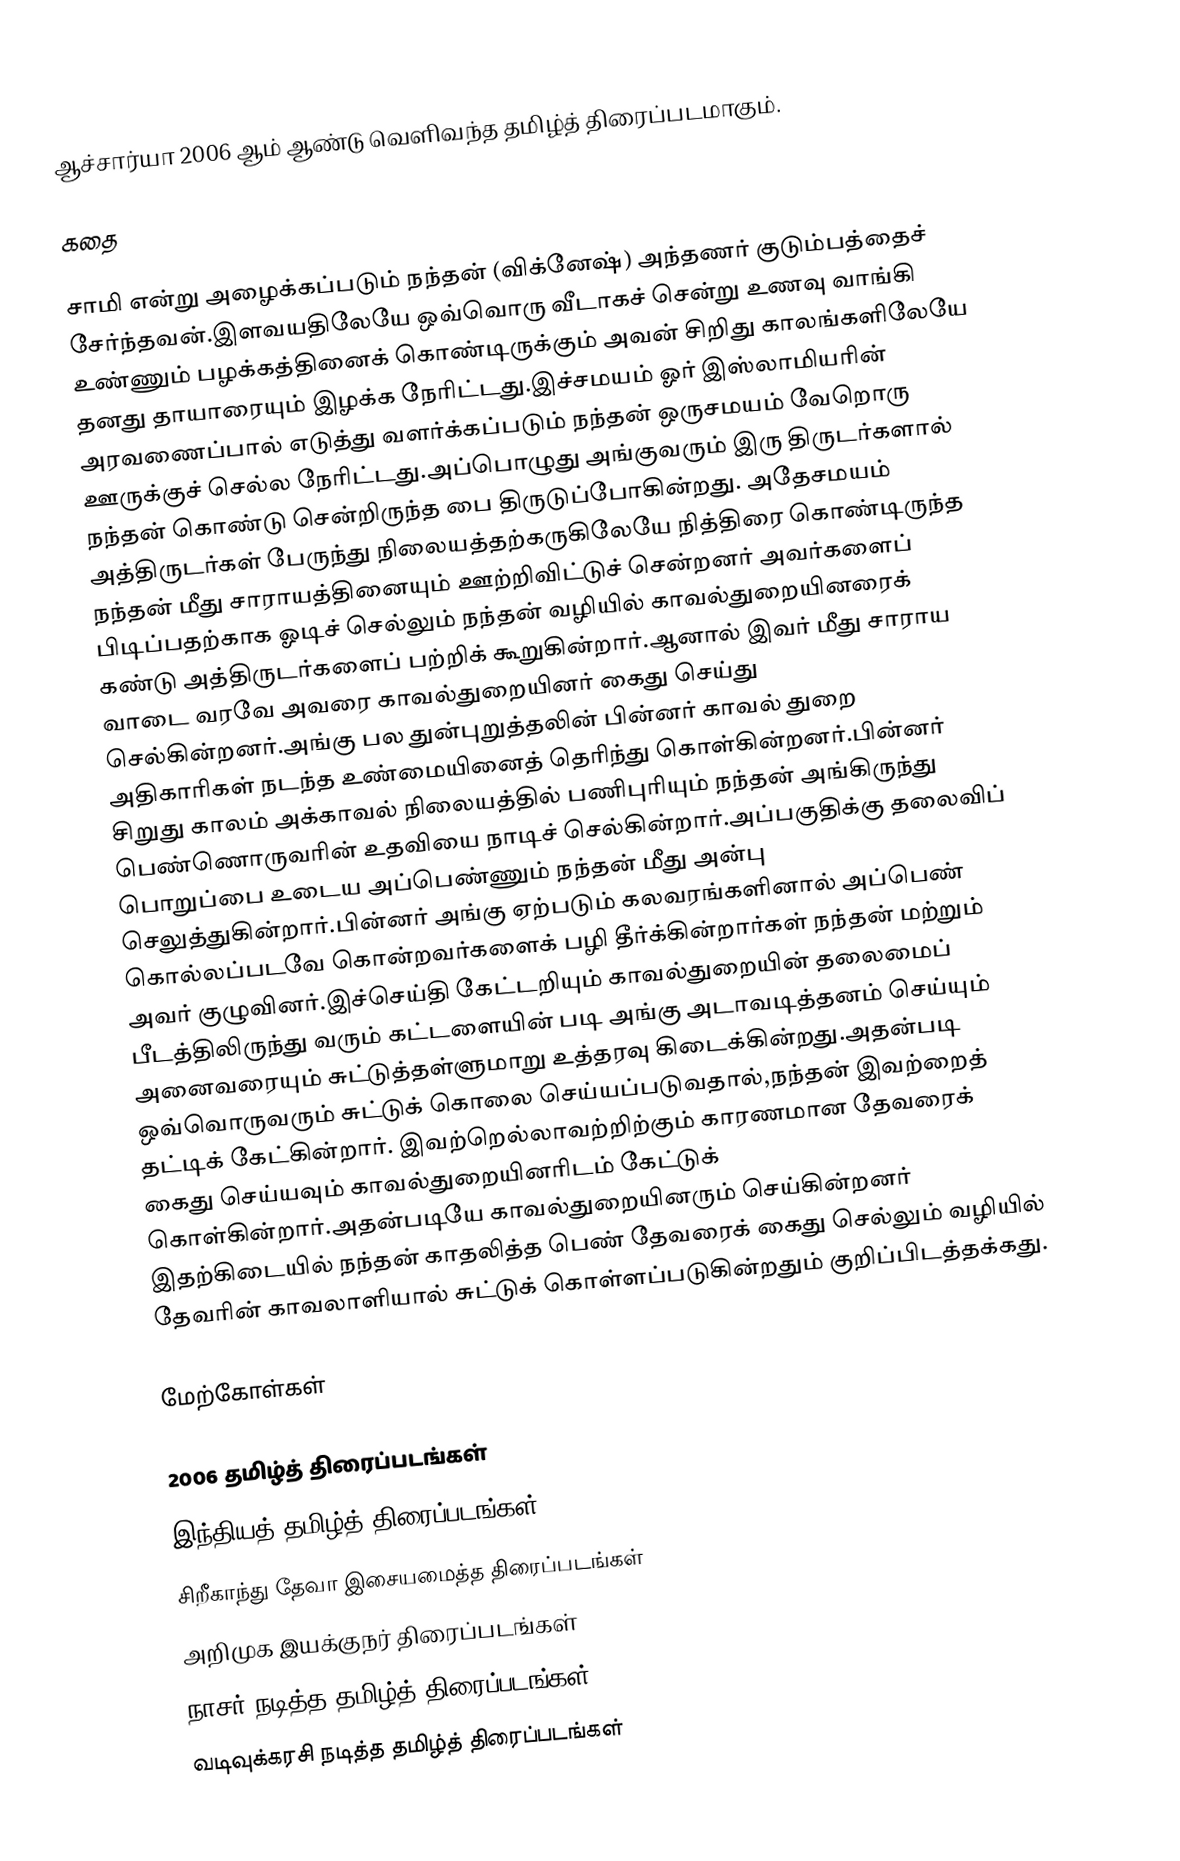
ஆச்சார்யா 2006 ஆம் ஆண்டு வெளிவந்த தமிழ்த் திரைப்படமாகும்.

கதை

சாமி என்று அழைக்கப்படும் நந்தன் (விக்னேஷ்) அந்தணர் குடும்பத்தைச் சேர்ந்தவன்.இளவயதிலேயே ஒவ்வொரு வீடாகச் சென்று உணவு வாங்கி உண்ணும் பழக்கத்தினைக் கொண்டிருக்கும் அவன் சிறிது காலங்களிலேயே தனது தாயாரையும் இழக்க நேரிட்டது.இச்சமயம் ஓர் இஸ்லாமியரின் அரவணைப்பால் எடுத்து வளர்க்கப்படும்  நந்தன் ஒருசமயம் வேறொரு ஊருக்குச் செல்ல நேரிட்டது.அப்பொழுது அங்குவரும் இரு திருடர்களால் நந்தன் கொண்டு சென்றிருந்த பை திருடுப்போகின்றது. அதேசமயம் அத்திருடர்கள் பேருந்து நிலையத்தற்கருகிலேயே நித்திரை கொண்டிருந்த நந்தன் மீது சாராயத்தினையும் ஊற்றிவிட்டுச் சென்றனர் அவர்களைப் பிடிப்பதற்காக ஓடிச் செல்லும் நந்தன் வழியில் காவல்துறையினரைக் கண்டு அத்திருடர்களைப் பற்றிக் கூறுகின்றார்.ஆனால் இவர் மீது சாராய வாடை வரவே அவரை காவல்துறையினர் கைது செய்து செல்கின்றனர்.அங்கு பல துன்புறுத்தலின் பின்னர் காவல் துறை அதிகாரிகள் நடந்த உண்மையினைத் தெரிந்து கொள்கின்றனர்.பின்னர் சிறுது காலம் அக்காவல் நிலையத்தில் பணிபுரியும்  நந்தன் அங்கிருந்து பெண்ணொருவரின் உதவியை நாடிச் செல்கின்றார்.அப்பகுதிக்கு தலைவிப் பொறுப்பை உடைய அப்பெண்ணும் நந்தன் மீது அன்பு செலுத்துகின்றார்.பின்னர் அங்கு ஏற்படும் கலவரங்களினால் அப்பெண் கொல்லப்படவே கொன்றவர்களைக் பழி தீர்க்கின்றார்கள் நந்தன் மற்றும் அவர் குழுவினர்.இச்செய்தி கேட்டறியும் காவல்துறையின் தலைமைப் பீடத்திலிருந்து வரும் கட்டளையின் படி அங்கு அடாவடித்தனம் செய்யும் அனைவரையும் சுட்டுத்தள்ளுமாறு உத்தரவு கிடைக்கின்றது.அதன்படி ஒவ்வொருவரும் சுட்டுக் கொலை செய்யப்படுவதால்,நந்தன் இவற்றைத் தட்டிக் கேட்கின்றார். இவற்றெல்லாவற்றிற்கும் காரணமான தேவரைக் கைது செய்யவும் காவல்துறையினரிடம் கேட்டுக் கொள்கின்றார்.அதன்படியே காவல்துறையினரும் செய்கின்றனர் இதற்கிடையில் நந்தன் காதலித்த பெண் தேவரைக் கைது செல்லும் வழியில் தேவரின் காவலாளியால் சுட்டுக் கொள்ளப்படுகின்றதும் குறிப்பிடத்தக்கது.

மேற்கோள்கள்

2006 தமிழ்த் திரைப்படங்கள்
இந்தியத் தமிழ்த் திரைப்படங்கள்
சிறீகாந்து தேவா இசையமைத்த திரைப்படங்கள்
அறிமுக இயக்குநர் திரைப்படங்கள்
நாசர் நடித்த தமிழ்த் திரைப்படங்கள்
வடிவுக்கரசி நடித்த தமிழ்த் திரைப்படங்கள்